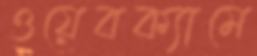
ওয়েবক্যামে